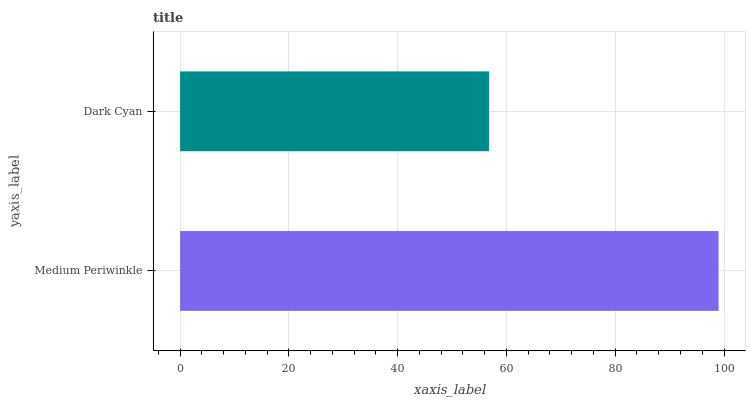
| yaxis_label | bars |
 | --- | --- |
 | Medium Periwinkle | 99 |
 | Dark Cyan | 56.8 |